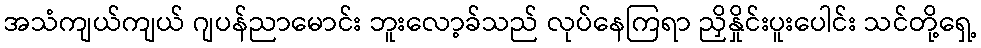
အသံကျယ်ကျယ် ဂျပန်ညာမောင်း ဘူးလော့ခ်သည် လုပ်နေကြရာ ညှိနှိုင်းပူးပေါင်း သင်တို့ရှေ့